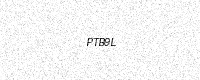
Text: PTB9L